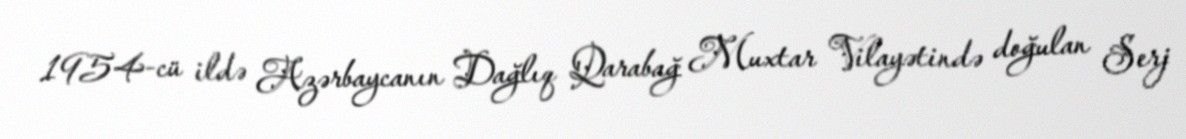
1954-cü ildə Azərbaycanın Dağlıq Qarabağ Muxtar Vilayətində doğulan Serj